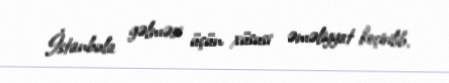
İstanbula gəlməsi üçün xüsusi əməliyyat keçirilib.